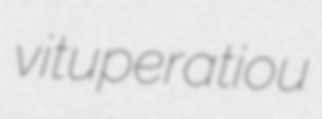
vituperatiou